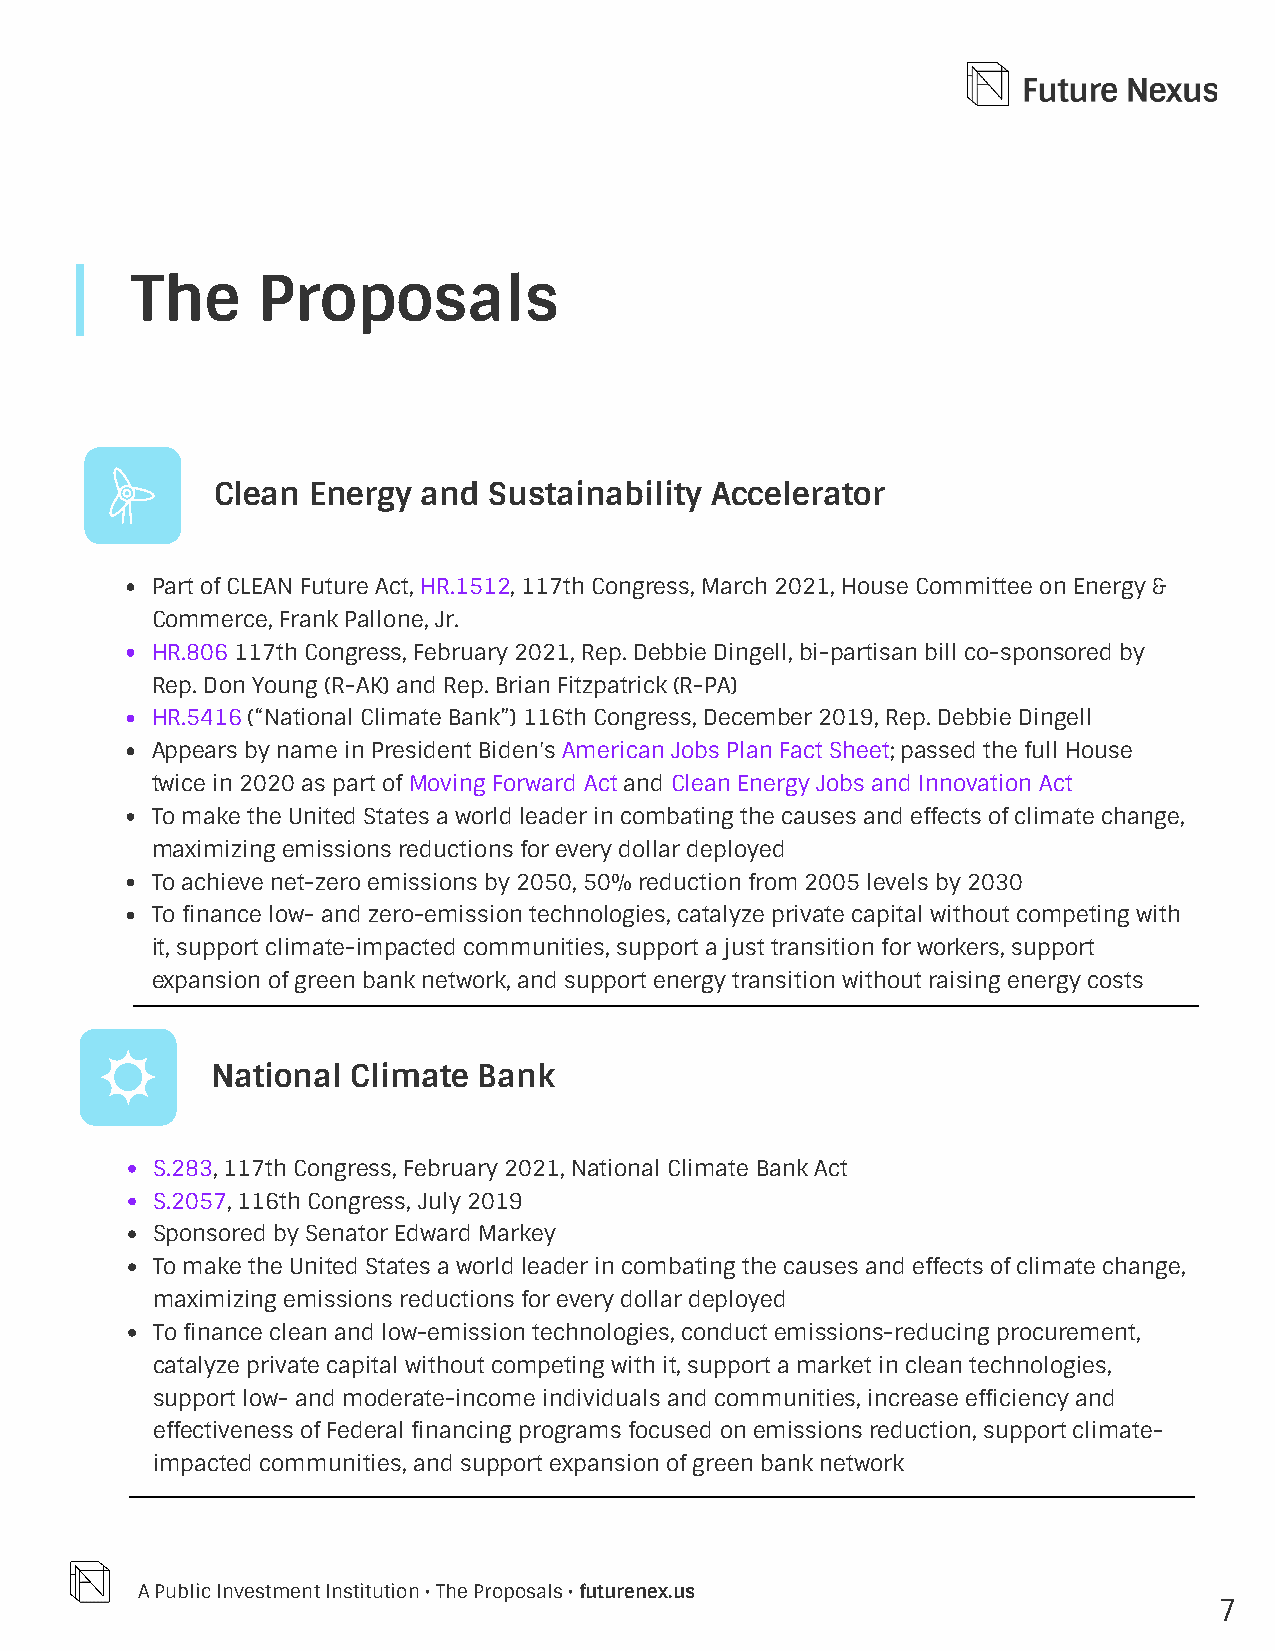
The     Proposals
 Clean Energy  and Sustainability Accelerator
 Part of CLEAN Future Act, HR.1512, 117th Congress, March 2021, House Committee on Energy &
 Commerce, Frank Pallone, Jr.
 HR.806 117th Congress, February 2021, Rep. Debbie Dingell, bi-partisan bill co-sponsored by
 Rep. Don Young (R-AK) and Rep. Brian Fitzpatrick (R-PA)
 HR.5416 (“National Climate Bank”) 116th Congress, December 2019, Rep. Debbie Dingell
 Appears by name in President Biden's American Jobs Plan Fact Sheet; passed the full House
 twice in 2020 as part of Moving Forward Act and Clean Energy Jobs and Innovation Act
 To make the United States a world leader in combating the causes and effects of climate change,
 maximizing emissions reductions for every dollar deployed
 To achieve net-zero emissions by 2050, 50% reduction from 2005 levels by 2030
 To finance low- and zero-emission technologies, catalyze private capital without competing with
 it, support climate-impacted communities, support a just transition for workers, support
 expansion of green bank network, and support energy transition without raising energy costs
 National Climate  Bank
 S.283, 117th Congress, February 2021, National Climate Bank Act
 S.2057, 116th Congress, July 2019
 Sponsored by Senator Edward Markey
 To make the United States a world leader in combating the causes and effects of climate change,
 maximizing emissions reductions for every dollar deployed
 To finance clean and low-emission technologies, conduct emissions-reducing procurement,
 catalyze private capital without competing with it, support a market in clean technologies,
 support low- and moderate-income individuals and communities, increase efficiency and
 effectiveness of Federal financing programs focused on emissions reduction, support climate-
 impacted communities, and support expansion of green bank network
 A Public Investment Institution • The Proposals • futurenex.us
 7